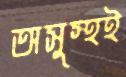
অসুস্থই